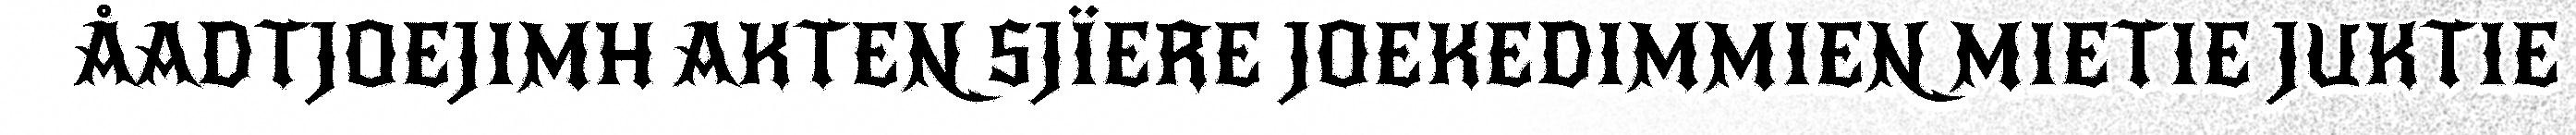
ÅADTJOEJIMH AKTEN SJÏERE JOEKEDIMMIEN MIETIE JUKTIE